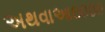
અથવાઆઇઇઇઇ